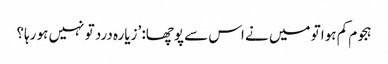
ہجوم کم ہوا تو میں نے اس سے پوچھا: ’زیارہ درد تو نہیں ہو رہا؟